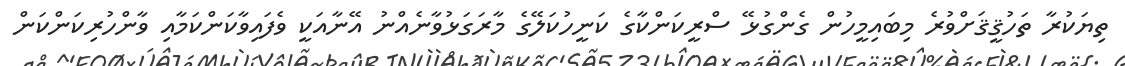
ތިޔަކުރާ ތަހުޤީޤަށްވުރެ މިބައިމީހުން ގެންގުޅޭ ސްރީކަންކާގެ ކަނީހުކަލޭގެ މާރަގަޅުވާނެއްނު އޭނާއަކީ ވެފައިވާކަންކަމާއި ވާންހުރިކަންކަން